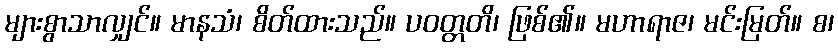
များစွာသာလျှင်။ မာနသံ၊ စိတ်ထားသည်။ ပဝတ္တတိ၊ ဖြစ်၏။ မဟာရာဇ၊ မင်းမြတ်။ စ၊